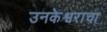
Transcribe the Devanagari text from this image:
उनकेश्वराचा